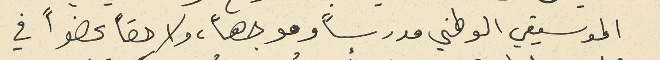
الموسيقي الوطني مدرساً وموجهاً، ولاحقاً عضواً في